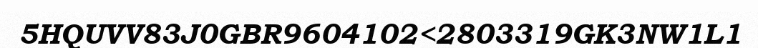
5HQUVV83J0GBR9604102<2803319GK3NW1L1